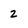
Character: 2